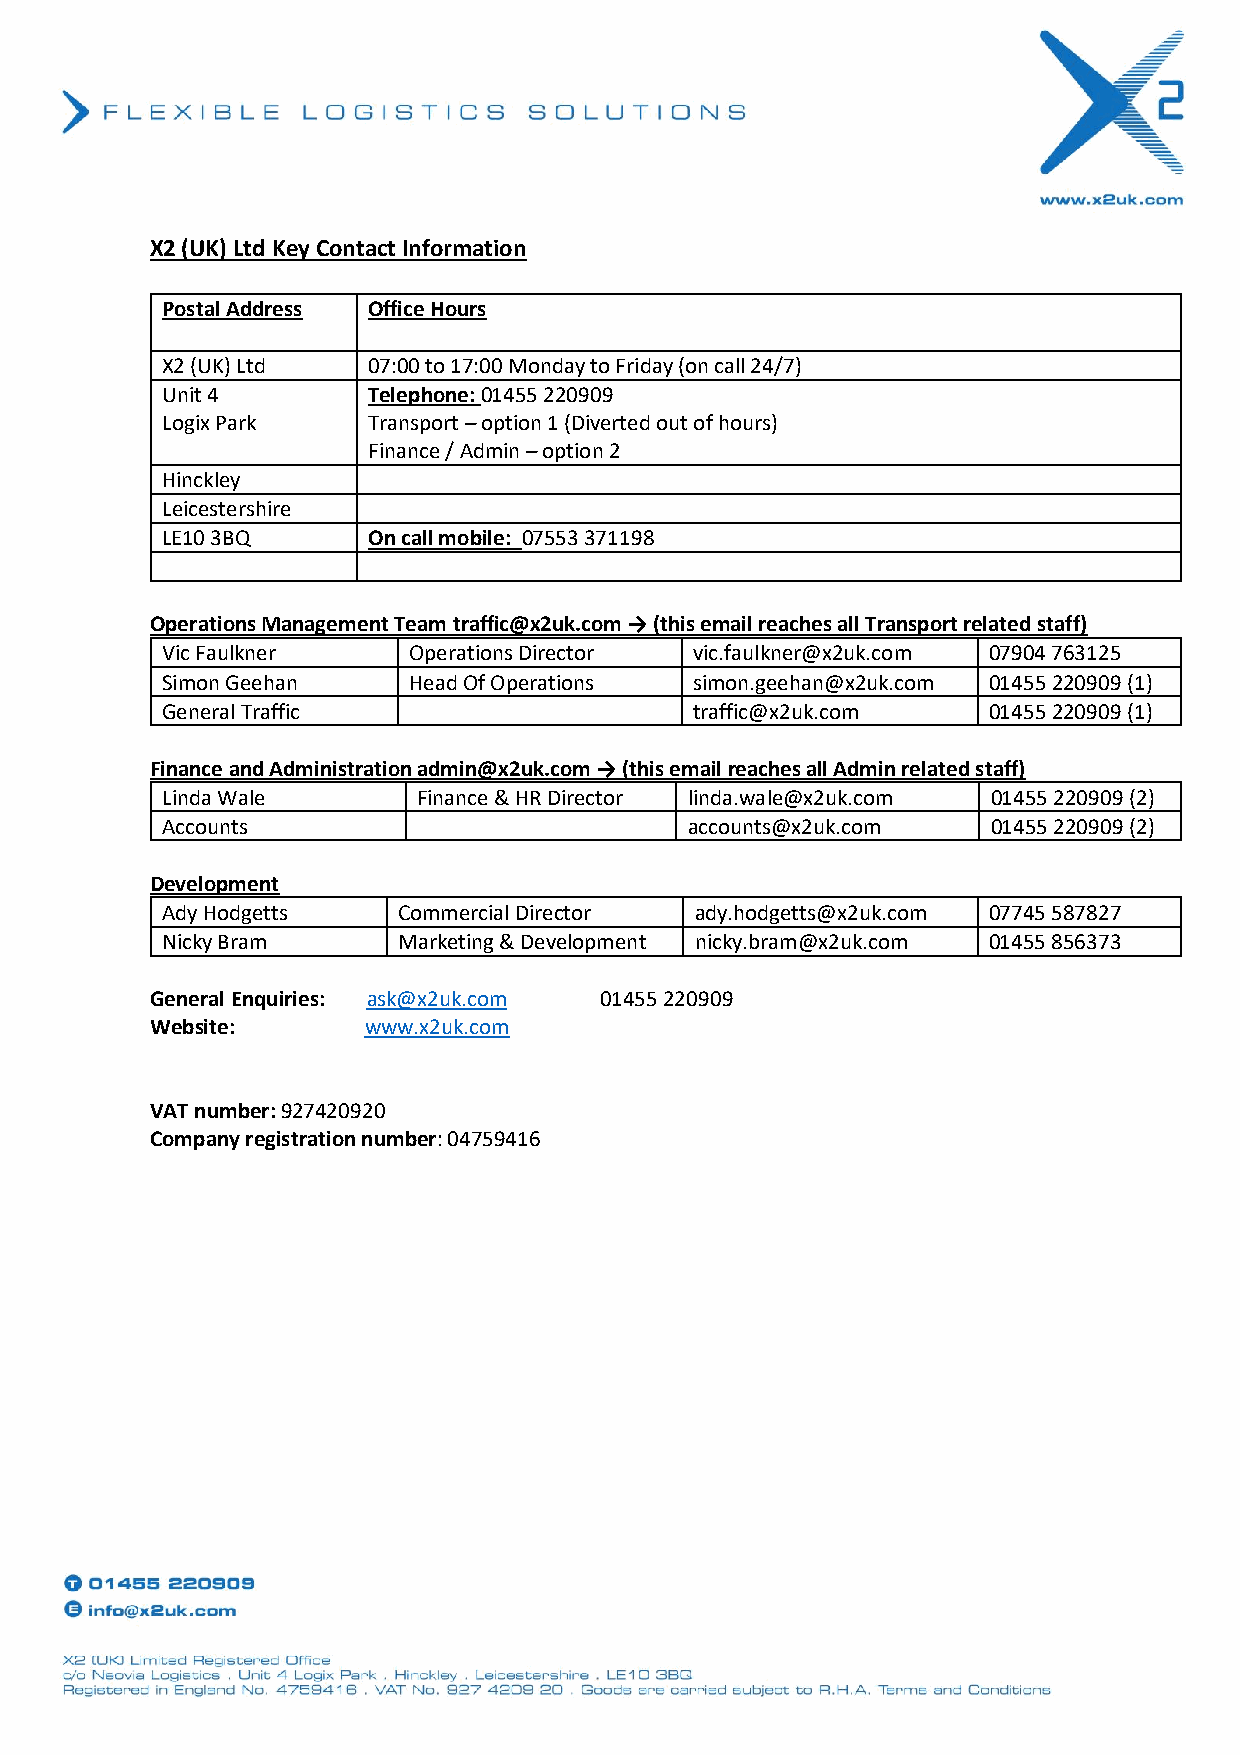
X2 (UK) Ltd Key Contact Information
 Postal Address Office Hours
 X2 (UK) Ltd  07:00 to 17:00 Monday to Friday (on call 24/7)
 Unit 4       Telephone: 01455 220909
 Logix Park   Transport – option 1 (Diverted out of hours)
 Finance / Admin – option 2
 Hinckley
 Leicestershire
 LE10 3BQ     On call mobile: 07553 371198
 Operations Management Team traffic@x2uk.com → (this email reaches all Transport related staff)
 Vic Faulkner    Operations Director vic.faulkner@x2uk.com 07904 763125
 Simon Geehan    Head Of Operations simon.geehan@x2uk.com 01455 220909 (1)
 General Traffic                    traffic@x2uk.com   01455 220909 (1)
 Finance and Administration admin@x2uk.com → (this email reaches all Admin related staff)
 Linda Wale       Finance & HR Director linda.wale@x2uk.com 01455 220909 (2)
 Accounts                           accounts@x2uk.com   01455 220909 (2)
 Development
 Ady Hodgetts   Commercial Director ady.hodgetts@x2uk.com 07745 587827
 Nicky Bram     Marketing & Development nicky.bram@x2uk.com 01455 856373
 General Enquiries: ask@x2uk.com 01455 220909
 Website:      www.x2uk.com
 VAT number: 927420920
 Company registration number: 04759416